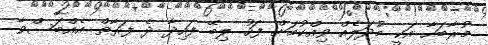
މުރާބަހާ އަކީ މުދަލެއް ވިއްކުމަށް ފަހު ލިބޭ ފައިދާ ދެ ފަރާތް އެއްބަސްވާ